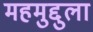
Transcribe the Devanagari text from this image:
महमुद्दुला